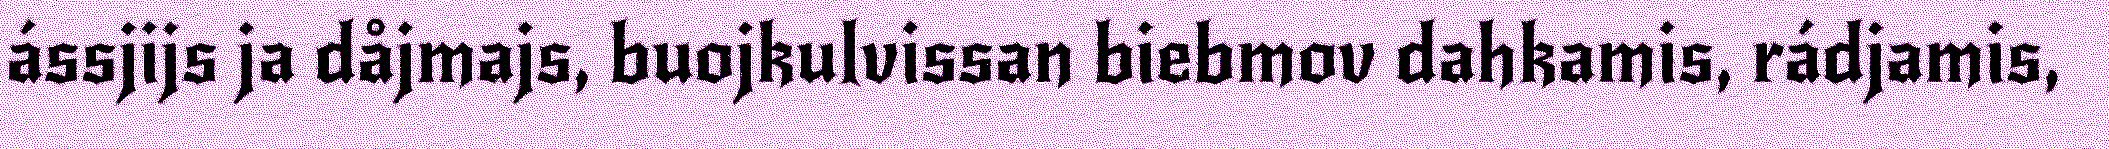
ássjijs ja dåjmajs, buojkulvissan biebmov dahkamis, rádjamis,